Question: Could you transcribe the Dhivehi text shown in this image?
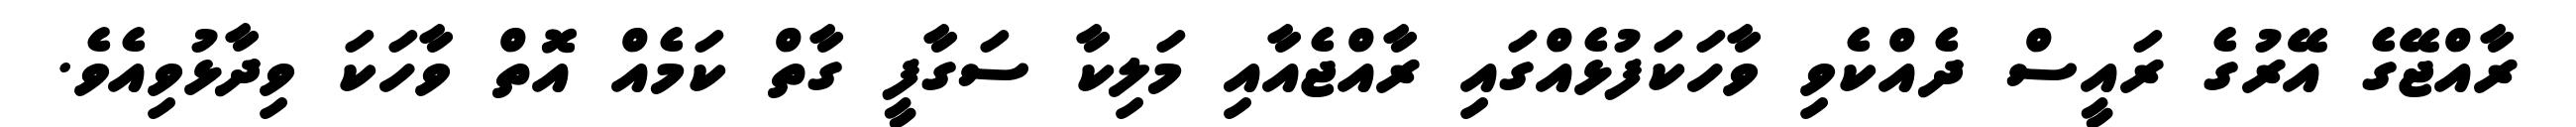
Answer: ރާއްޖޭގެ އޭރުގެ ރައީސް ދެއްކެވި ވާހަކަފުޅެއްގައި ރާއްޖެއާއި މަލިކާ ސަގާފީ ގާތް ކަމެއް އޮތް ވާހަކަ ވިދާޅުވިއެވެ.